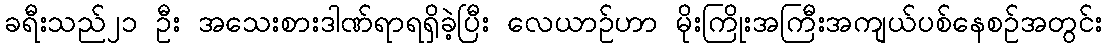
ခရီးသည်၂၁ ဦး အသေးစားဒါဏ်ရာရရှိခဲ့ပြီး လေယာဉ်ဟာ မိုးကြိုးအကြီးအကျယ်ပစ်နေစဉ်အတွင်း